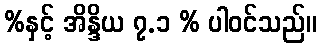
%နှင့် အိန္ဒိယ ၇.၁ % ပါဝင်သည်။